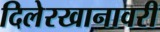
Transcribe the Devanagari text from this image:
दिलेरखानावरी